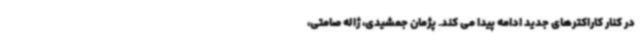
در کنار کاراکترهای جدید ادامه پیدا می کند. پژمان جمشیدی، ژاله صامتی،